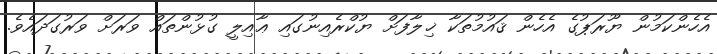
އެހެންކަމުން ޔޫރަޕުގެ އެހެން ޤައުމުތަކާ ޚިލާފަށް ޔުކްރެއިނުގައި ޢާއިލީ ގުޅުންތައް ވަރަށް ވަރުގަދައެވެ.